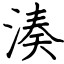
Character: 湊